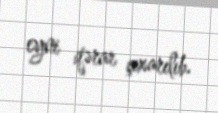
eyni qərar çıxarılıb.